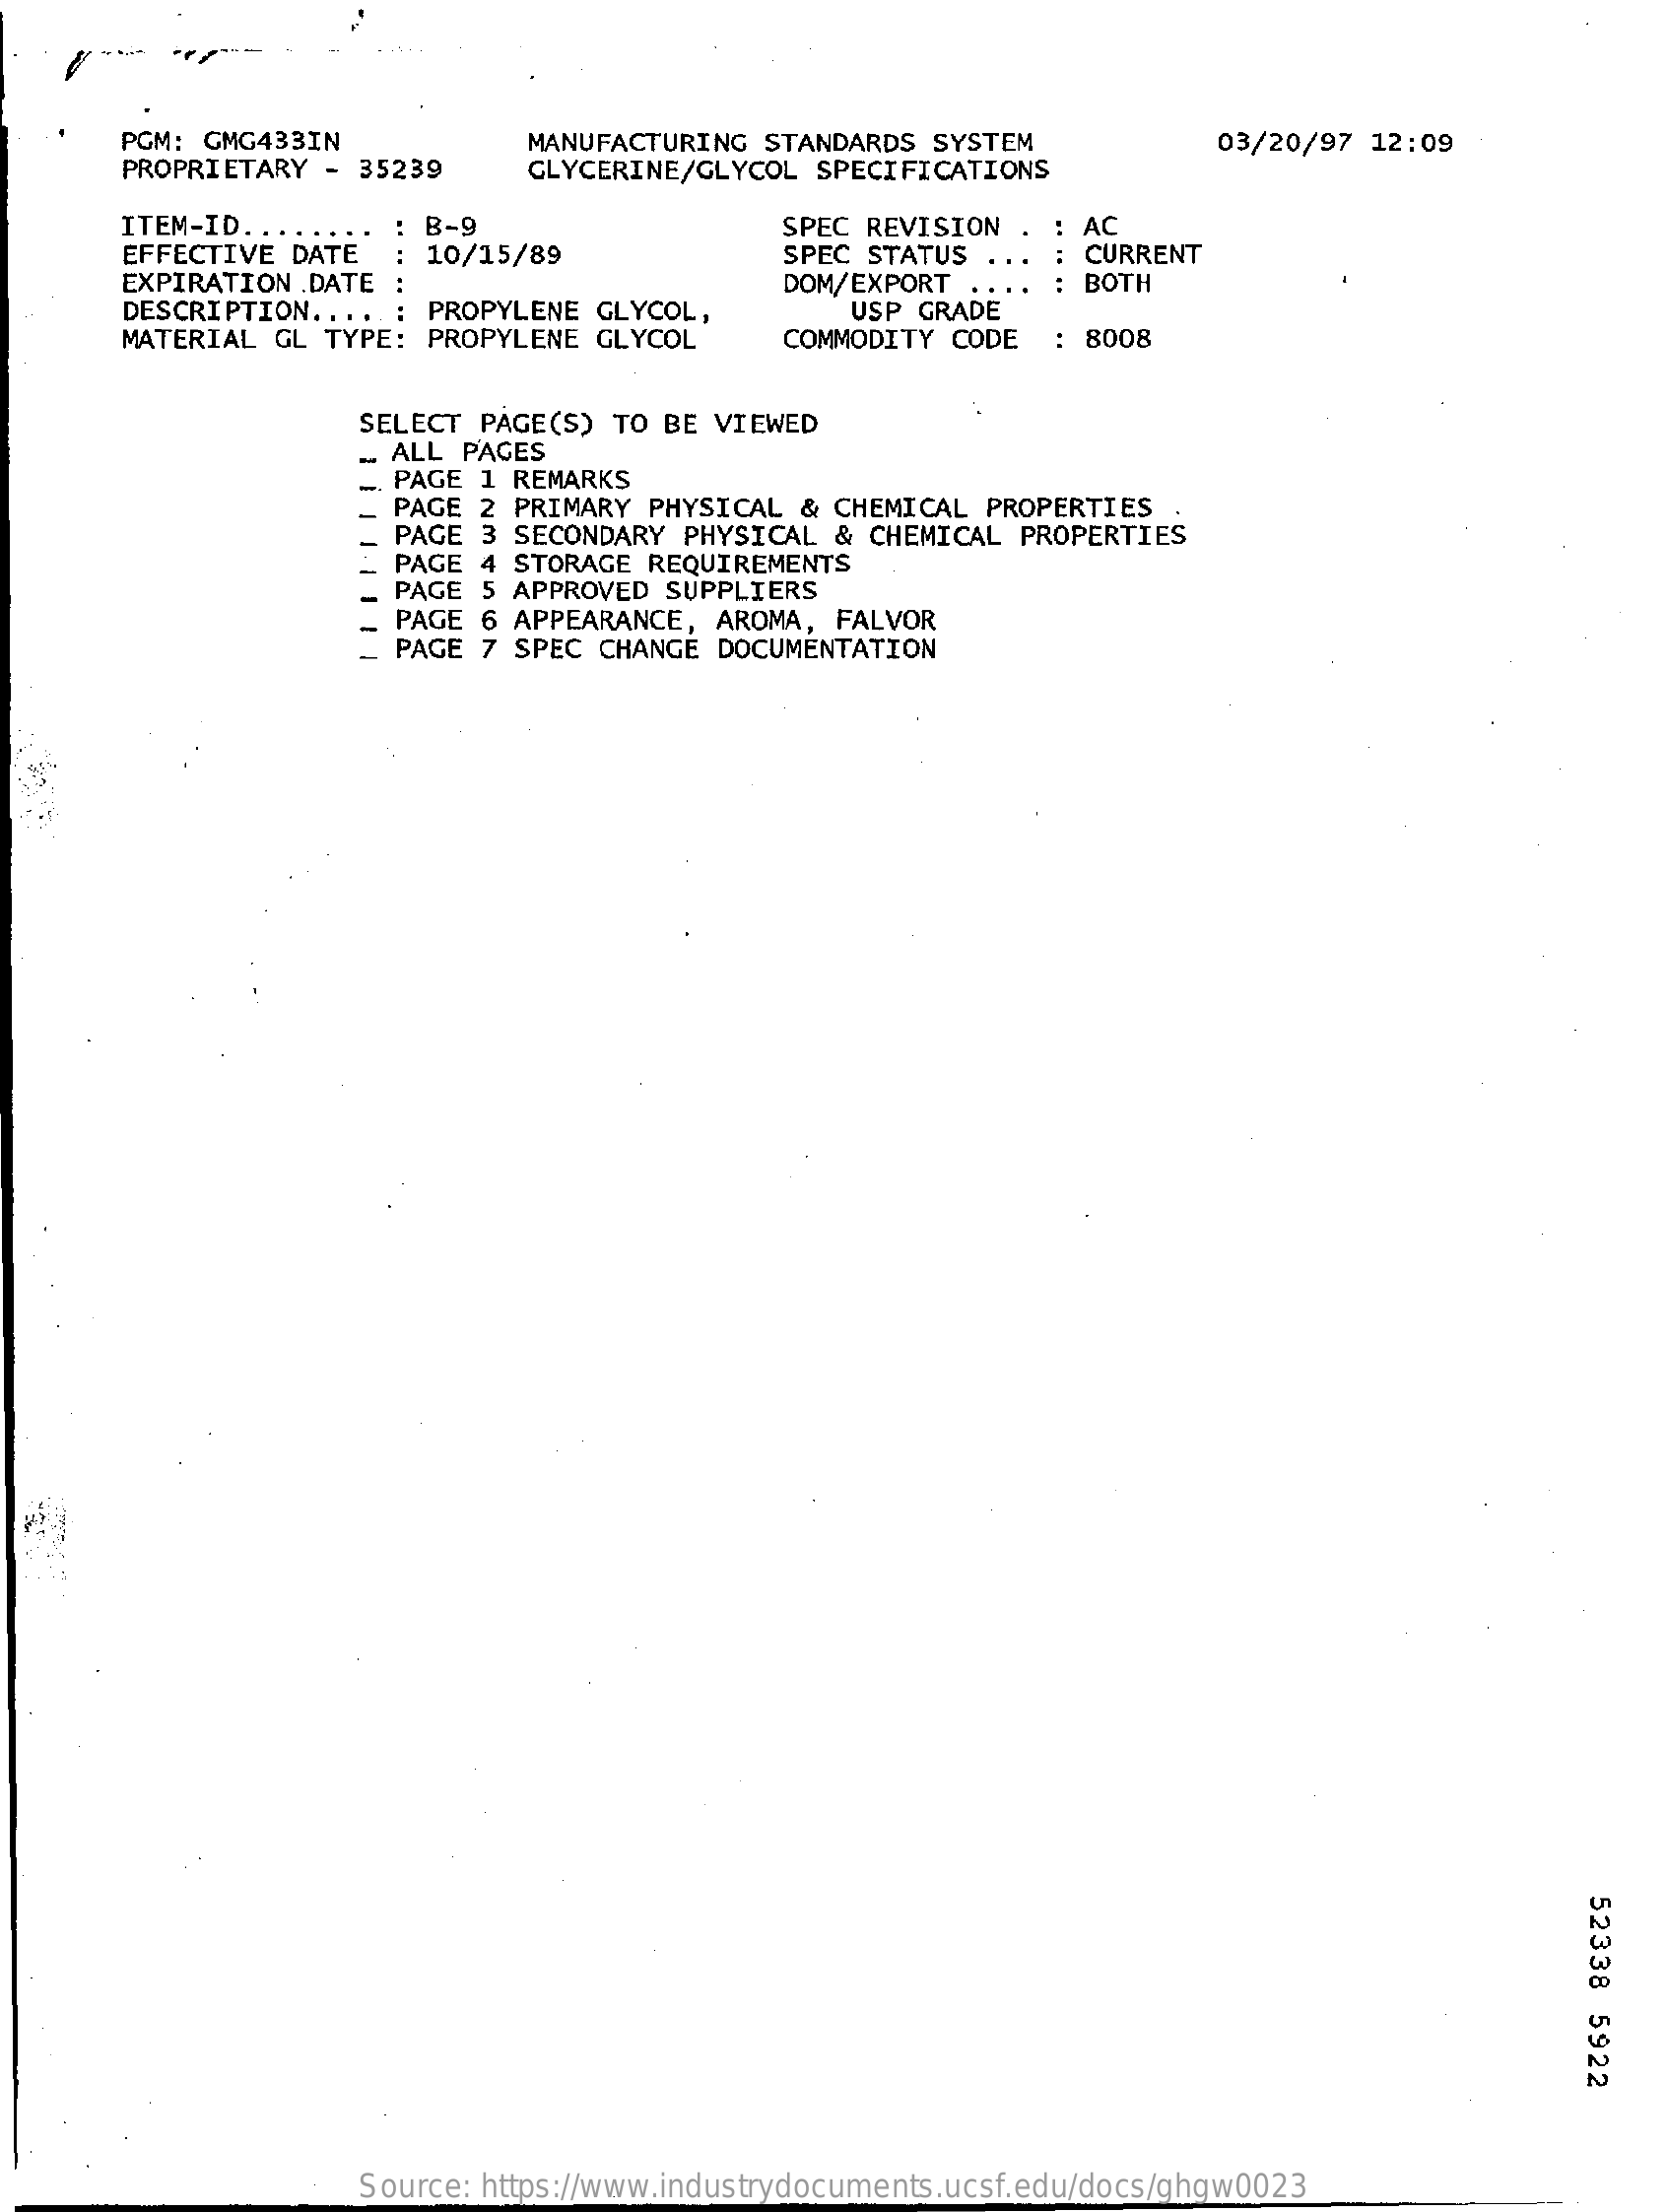
PGM: GMG433IN    03/20/97  12:09
     PROPRIETARY - 35239
     MANUFACTURING  STANDARDS SYSTEM
     GLYCERINE/GLYCOL  SPECIFICATIONS
     ITEM-ID ....
     EFFECTIVE DATE
     : B-9
     10/15/89
     SPEC REVISION  . : AC
     SPEC STATUS    CURRENT
     EXPIRATION .DATE
     DESCRIPTION. ..    PROPYLENE GLYCOL,
     DOM/EXPORT  .    BOTH
     MATERIAL GL  TYPE: PROPYLENE GLYCOL
     USP GRADE
     COMMODITY CODE   : 8008
     SELECT PAGE(S) TO BE  VIEWED
     - ALL PAGES
     PAGE 1 REMARKS
     PAGE 2 PRIMARY PHYSICAL  & CHEMICAL PROPERTIES
     PAGE 3 SECONDARY  PHYSICAL & CHEMICAL  PROPERTIES
     PAGE 4 STORAGE REQUIREMENTS
     PAGE 5 APPROVED  SUPPLIERS
     PAGE 6 APPEARANCE,  AROMA, FALVOR
     _ PAGE 7 SPEC CHANGE  DOCUMENTATION
     52338
     5922
     Source: https://www.industrydocuments.ucsf.edu/docs/ghgw0023